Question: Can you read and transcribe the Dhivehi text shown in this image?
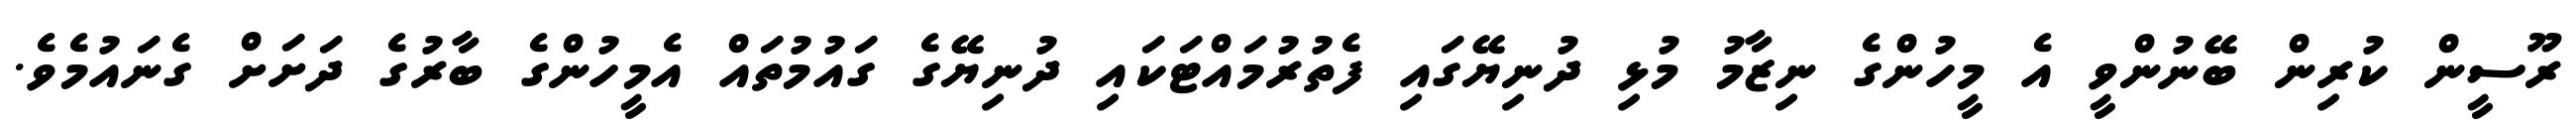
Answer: ރޫސީން ކުރިން ބޭނުންވީ އެ މީހުންގެ ނިޒާމު މުޅި ދުނިޔޭގައި ފެތުރުމައްޓަކައި ދުނިޔޭގެ ގައުމުތައް އެމީހުންގެ ބާރުގެ ދަށަށް ގެނައުމެވެ.